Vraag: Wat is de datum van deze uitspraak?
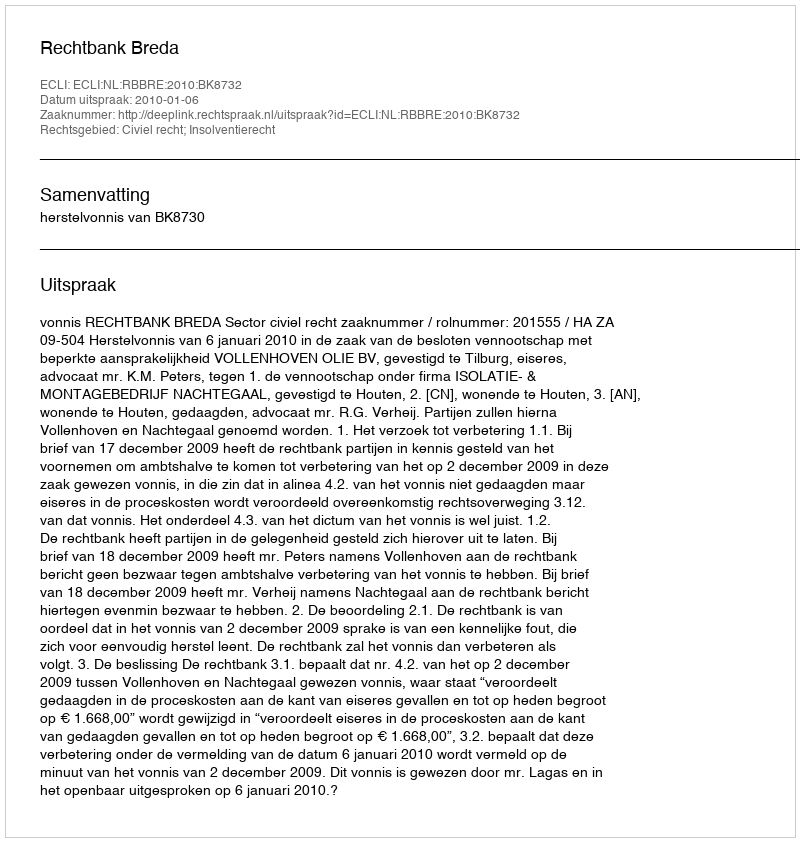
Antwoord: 2010-01-06